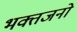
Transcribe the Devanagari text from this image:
भक्तजनो